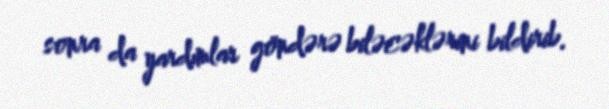
sonra da yardımlar göndərə biləcəklərini bildirib.